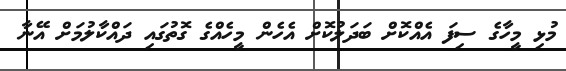
މުޅި މީހާގެ ސިފަ އެއްކޮށް ބަދަލުކޮށް އެހެން މީހެއްގެ ގޮތުގައި ދައްކާލުމަށް އޭނާ